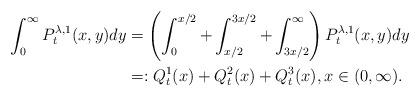
LaTeX: \begin{align*}\int_0^\infty P_t^{\lambda ,1}(x,y)dy&=\left(\int_0^{x/2}+\int_{x/2}^{3x/2}+\int_{3x/2}^\infty \right)P_t^{\lambda ,1}(x,y)dy\\&=:Q_t^1(x)+Q_t^2(x)+Q_t^3(x),x\in (0,\infty ).\end{align*}